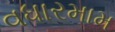
વધારમામ